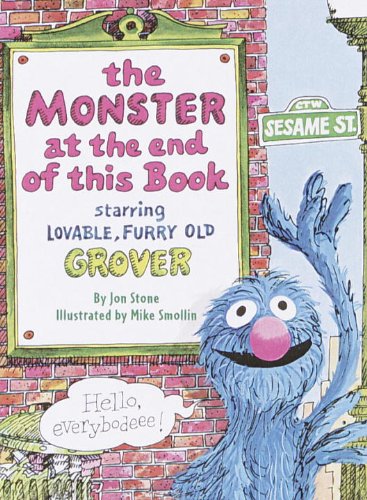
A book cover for The Monster at the End of This Book (Sesame Street) (Big Bird's Favorites Board Books); Jon Stone; Children's Books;